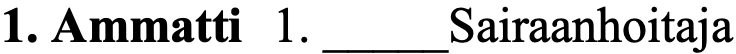
1. Ammatti 1. _____Sairaanhoitaja